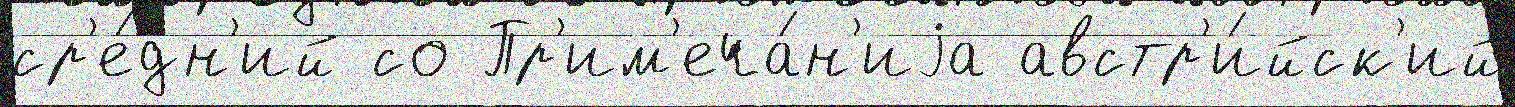
ср'е́дн'ий со Пр'им'еча́н'иjа австр'и́йск'ий